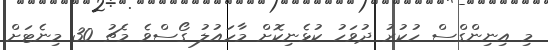
މި އިނިންގްސް ހުކުރު ދުވަހު ކުޅެނިކޮށް މާހައުލު ގޯސްވެ މެޗު 30 މިނެޓަށް